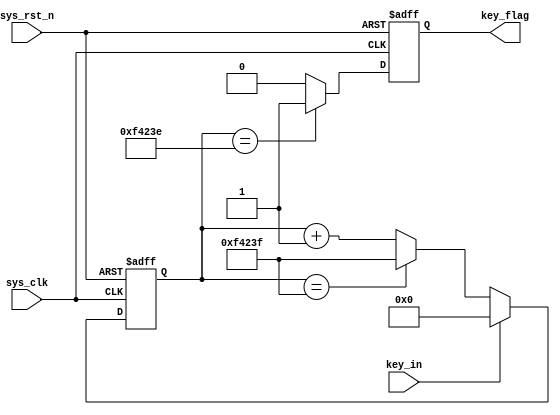
`timescale 1ns / 1ps
//////////////////////////////////////////////////////////////////////////////////
// Company: 
// Engineer: 
// 
// Design Name: 
// Module Name: key_fliter
// Project Name: 
// Target Devices: 
// Tool Versions: 
// Description: 
// 
// Dependencies: 
// 
// Revision:
// Revision 0.01 - File Created
// Additional Comments:
// 
//////////////////////////////////////////////////////////////////////////////////


module key_fliter #(
    parameter CNT_MAX = 20'd999_999
)
(
    input  wire                         sys_clk                    ,
    input  wire                         sys_rst_n                  ,
    input  wire                         key_in                     ,

    output reg                         key_flag                    
);
    
reg [19:0]  cnt_20ms;


always @(posedge sys_clk or negedge sys_rst_n) begin
    if(!sys_rst_n)
        cnt_20ms <= 20'd0;
    else if(key_in == 1'b1)
        cnt_20ms <= 20'd0;
    else if(cnt_20ms == CNT_MAX)
        cnt_20ms <= CNT_MAX;
    else 
        cnt_20ms <= cnt_20ms + 1'b1;

end    

always @(posedge sys_clk or negedge sys_rst_n) begin
    if(!sys_rst_n)
        key_flag <= 1'b0;
    else if(cnt_20ms == (CNT_MAX - 20'd1))
        key_flag <= 1'b1;
    else
        key_flag <= 1'b0;


end


endmodule